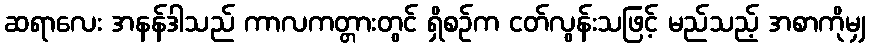
ဆရာလေး အနန်ဒါသည် ကာလကတ္တားတွင် ရှိစဉ်က ငတ်လွန်းသဖြင့် မည်သည့် အစာကိုမျှ